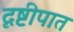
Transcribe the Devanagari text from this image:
दृष्टीपात